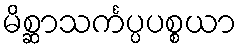
မိစ္ဆာသင်္ကပ္ပပစ္စယာ